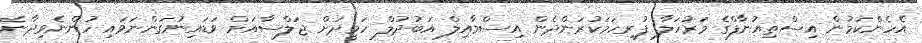
އެހެންކަމުން އިސްތިއުނާފްގެ މަރުހަލާ ފުރިހަމަކުރަންދެން އިސްމާއިލް އަބުދުލް ހަމީދަށް ޖަލްސާއަށް ވަޑައިނުގަންނަވައި ހުންނެވިދާނެ